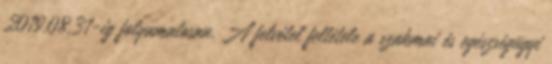
2019.08.31-ig folyamatosan. A felvétel feltétele a szakmai és egészségügyi